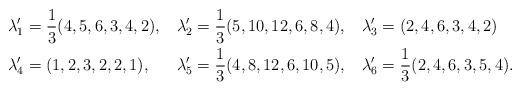
LaTeX: \begin{align*}\lambda'_1 &= \frac{1}{3}(4,5,6,3,4,2),&\lambda'_2 &= \frac{1}{3}(5,10,12,6,8,4),&\lambda'_3 &= (2,4,6,3,4,2)\\\lambda'_4 &= (1,2,3,2,2,1),&\lambda'_5 &= \frac{1}{3}(4,8,12,6,10,5),&\lambda'_6 &= \frac{1}{3}(2,4,6,3,5,4).\end{align*}